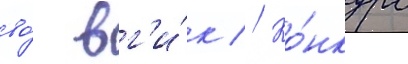
во́ вг'и́к // Ко́нкурс